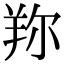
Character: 𦍴